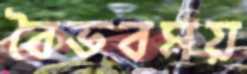
বৈভবময়